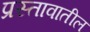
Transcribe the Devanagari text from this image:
प्रस्तावातील